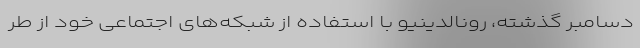
دسامبر گذشته، رونالدینیو با استفاده از شبکه‌های اجتماعی خود از طر